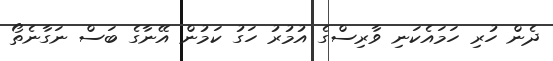
ދެން ހުރި ހަމައެކަނި ވާރިސްގެ އުމުރު ހަގު ކަމުން އޭނާގެ ބަސް ނަގާނެތޯ